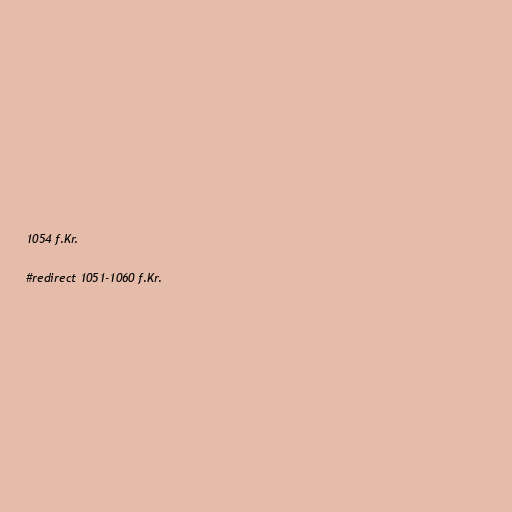
1054 f.Kr.

#redirect 1051-1060 f.Kr.